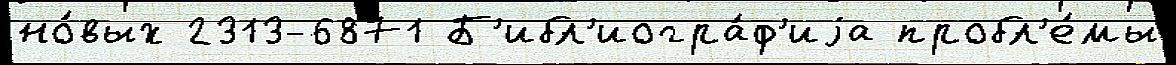
но́вых 2313-6871 Б'ибл'иогра́ф'иjа пробл'е́мы